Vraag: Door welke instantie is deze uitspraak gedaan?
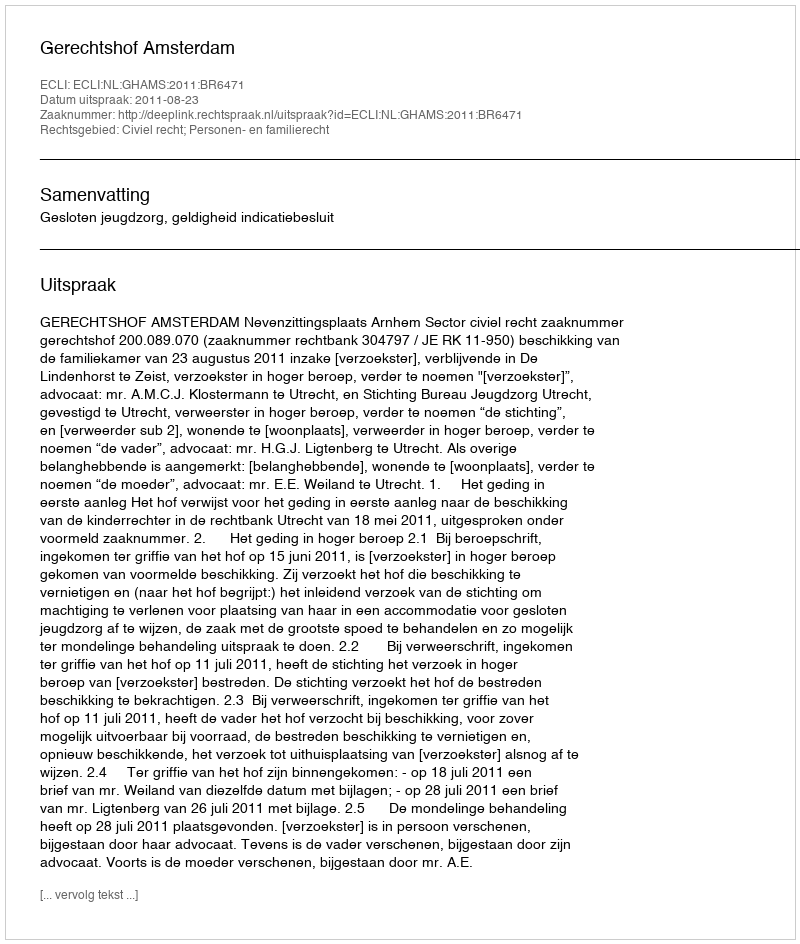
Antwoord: Gerechtshof Amsterdam